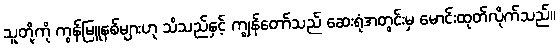
သူတို့ကို ကွန်မြူနစ်များဟု သိသည်နှင့် ကျွန်တော်သည် ဆေးရုံအတွင်းမှ မောင်းထုတ်လိုက်သည်။